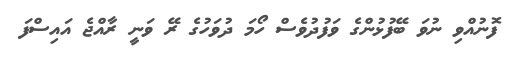
ފޮނުއްވި ނުވަ ބޭފުޅުންގެ ވަފުދުވެސް ހޯމަ ދުވަހުގެ ރޭ ވަނީ ރާއްޖެ އައިސްފަ